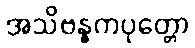
အသိဗန္ဓကပုတ္တော